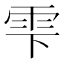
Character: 雫